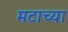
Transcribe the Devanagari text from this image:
मटाच्या